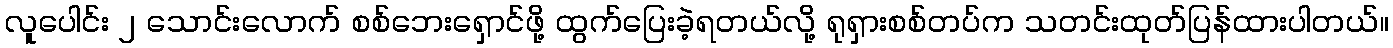
လူပေါင်း ၂ သောင်းလောက် စစ်ဘေးရှောင်ဖို့ ထွက်ပြေးခဲ့ရတယ်လို့ ရုရှားစစ်တပ်က သတင်းထုတ်ပြန်ထားပါတယ်။